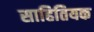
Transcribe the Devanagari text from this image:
साहितियक